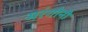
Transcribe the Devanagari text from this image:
मरंगोनी